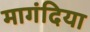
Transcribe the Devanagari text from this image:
मागंदिया